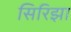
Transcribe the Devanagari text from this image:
सिरिझा